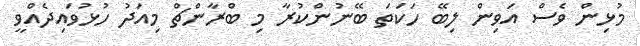
މުޅިން ވެސް އަވިން ލިބޭ ހަކަތަ ބޭނުންކުރާ މި ބްރާންޗް މިއަދު ހުޅުވައިދެއްވީ